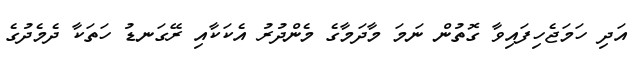
އަދި ހަމަޖެހިފައިވާ ގޮތުން ނަމަ މާދަމާގެ މެންދުރު އެކަކާއި ރޭގަނޑު ހަތަކާ ދެމެދުގެ